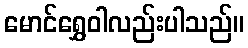
မောင်ရွှေဝါလည်းပါသည်။